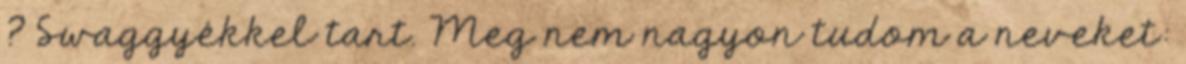
? Swaggyékkel tart. Meg nem nagyon tudom a neveket: